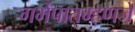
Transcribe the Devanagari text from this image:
गर्भपातम्हणजे